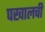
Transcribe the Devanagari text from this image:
पखालची